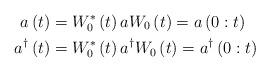
LaTeX: \begin{align*}a\left( t\right) & =W_{0}^{\ast}\left( t\right) aW_{0}\left( t\right)=a\left( 0:t\right) \\a^{\dag}\left( t\right) & =W_{0}^{\ast}\left( t\right) a^{\dag}W_{0}\left( t\right) =a^{\dag}\left( 0:t\right) \end{align*}